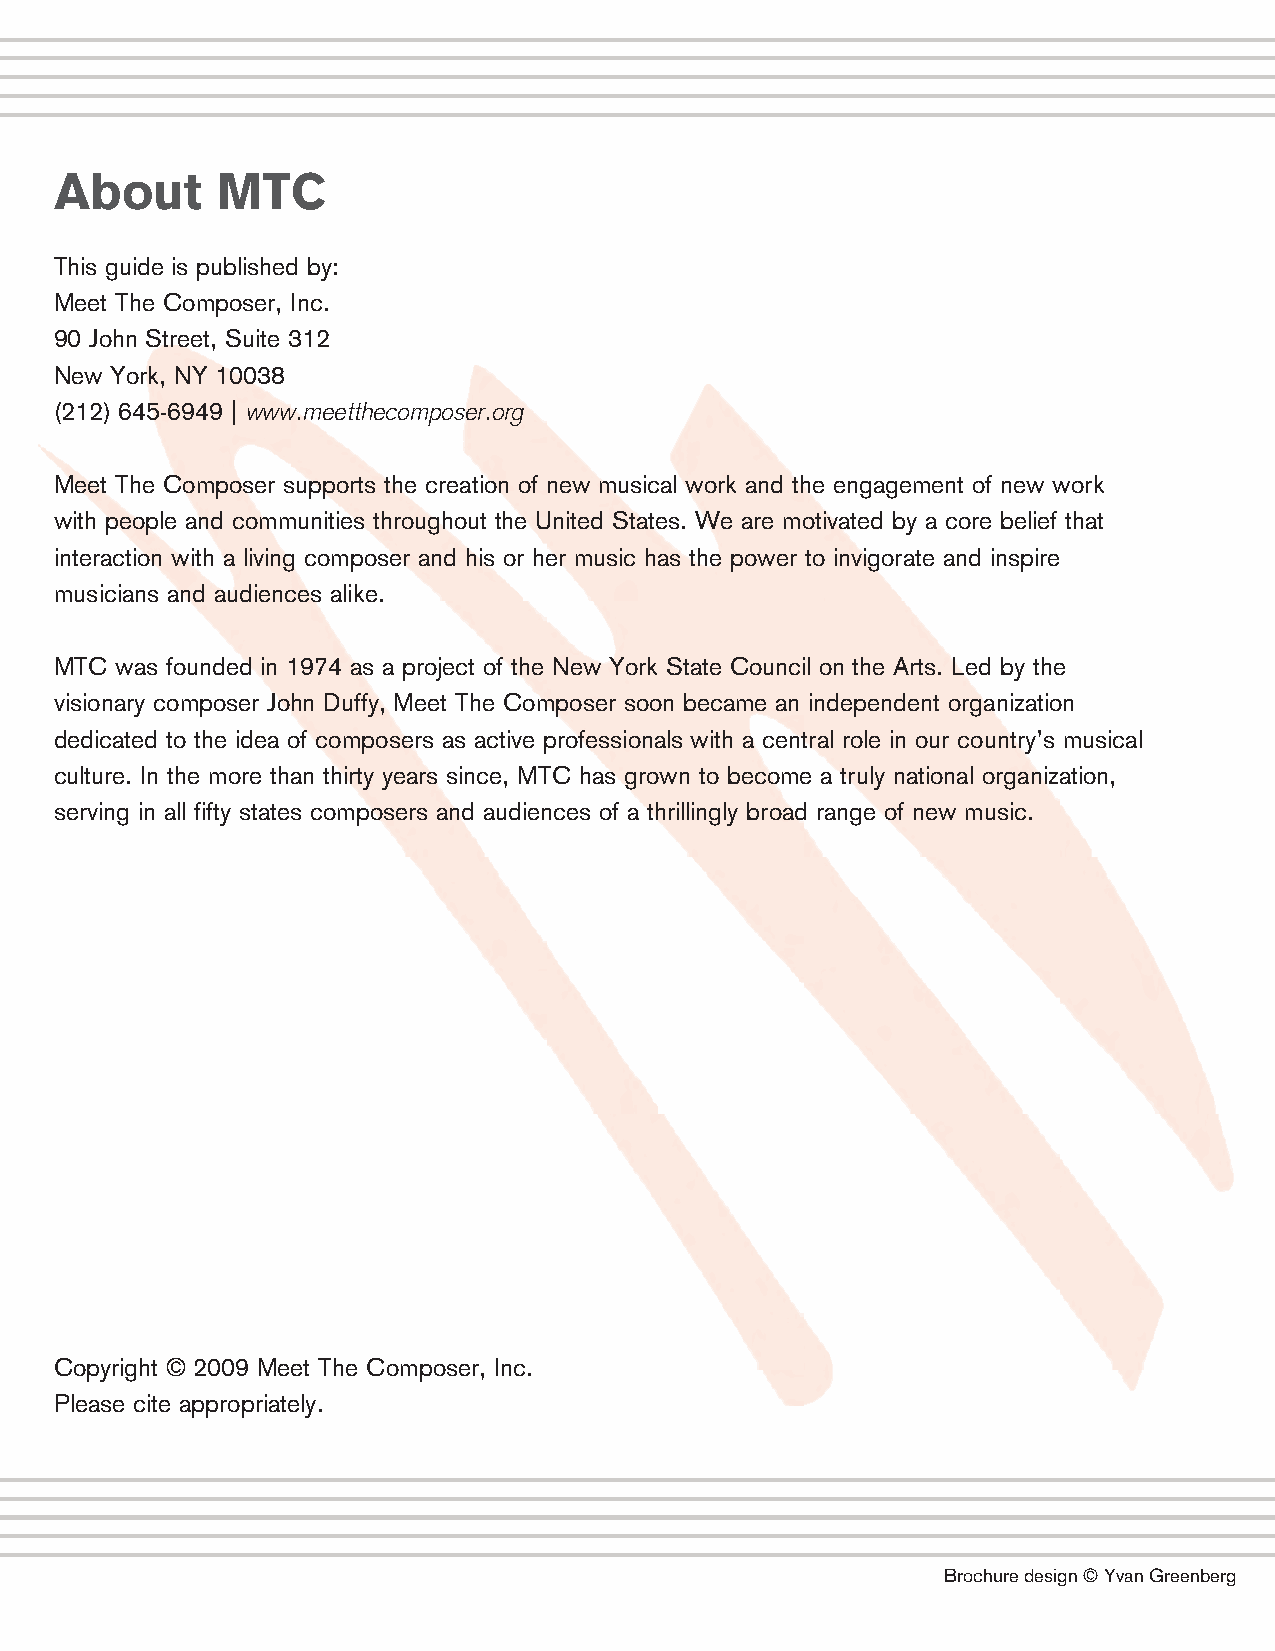
About     MTC
 This guide is published by:
 Meet The Composer, Inc.
 90 John Street, Suite 312
 New York, NY 10038
 (212) 645-6949 | www.meetthecomposer.org
 Meet The Composer supports the creation of new musical work and the engagement of new work
 with people and communities throughout the United States. We are motivated by a core belief that
 interaction with a living composer and his or her music has the power to invigorate and inspire
 musicians and audiences alike.
 MTC was founded in 1974 as a project of the New York State Council on the Arts. Led by the
 visionary composer John Duffy, Meet The Composer soon became an independent organization
 dedicated to the idea of composers as active professionals with a central role in our country’s musical
 culture. In the more than thirty years since, MTC has grown to become a truly national organization,
 serving in all fifty states composers and audiences of a thrillingly broad range of new music.
 Copyright © 2009 Meet The Composer, Inc.
 Please cite appropriately.
 Brochuredesign©YvanGreenberg